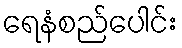
ရေနံစည်ပေါင်း